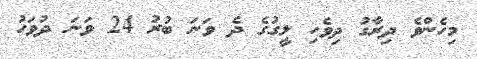
މިހެންވެ ދިރާގު ދިވެހި ލީގުގެ ދެ ވަނަ ބުރު 24 ވަނަ ދުވަހު